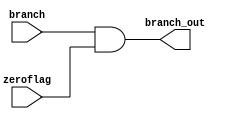
`timescale 1ns/1ns

module Branch(
    input branch,zeroflag,
    output reg branch_out
);

always @* begin 
    branch_out = branch & zeroflag;
end

endmodule